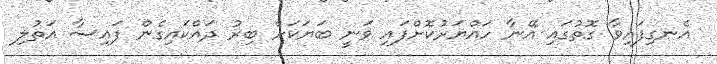
އެނގިފައިވާ ގޮތުގައި އޭނާ ހައްޔަރުކޮށްފައި ވަނީ ބަޔަކަށް ބިރު ދައްކައިގެން ފައިސާ އަތުލި